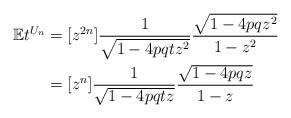
LaTeX: \begin{align*}\mathbb{E}t^{U_n}&=[z^{2n}] {1\over \sqrt{1-4pqtz^2}}{\sqrt{1-4pqz^2} \over 1-z^2}\\ &=[z^{n}] {1\over \sqrt{1-4pqtz}}{\sqrt{1-4pqz} \over 1-z}\end{align*}